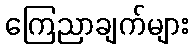
ကြေညာချက်များ